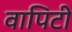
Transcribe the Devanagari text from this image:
वापिटी